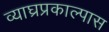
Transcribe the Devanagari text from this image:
व्याघ्रप्रकाल्पास